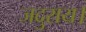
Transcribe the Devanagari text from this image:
जदुराय।